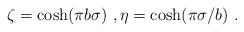
LaTeX: \begin{align*}\zeta=\cosh(\pi b\sigma)\ ,\eta=\cosh(\pi\sigma/b)\ .\end{align*}